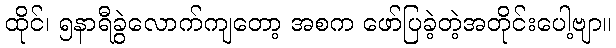
ထိုင်၊ ၅နာရီခွဲလောက်ကျတော့ အစက ဖော်ပြခဲ့တဲ့အတိုင်းပေါ့ဗျာ။